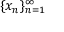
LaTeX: \{ x _ { n } \} _ { n = 1 } ^ { \infty }